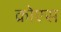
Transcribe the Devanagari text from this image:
क्रोएस